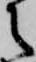
之